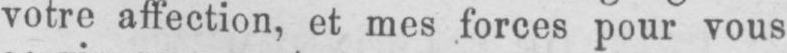
votre affection, et mes forces pour vous